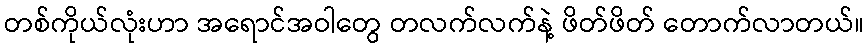
တစ်ကိုယ်လုံးဟာ အရောင်အဝါတွေ တလက်လက်နဲ့ ဖိတ်ဖိတ် တောက်လာတယ်။